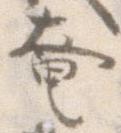
奄